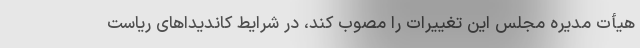
هیأت مدیره مجلس این تغییرات را مصوب کند، در شرایط کاندیداهای ریاست